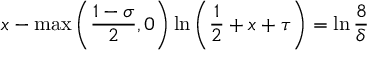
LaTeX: x - \operatorname* { m a x } \left( { \frac { 1 - \sigma } { 2 } } , 0 \right) \ln \left( { \frac { 1 } { 2 } } + x + \tau \right) = \ln { \frac { 8 } { \delta } }